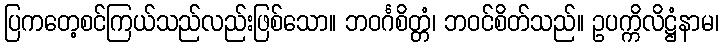
ပြကတေ့စင်ကြယ်သည်လည်းဖြစ်သော။ ဘဝင်္ဂစိတ္တံ၊ ဘဝင်စိတ်သည်။ ဥပက္ကိလိဋ္ဌံနာမ၊